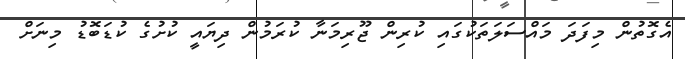
އެގޮތުން މިފަަދަ މައްސަލަތަކުގައި ކުރިން ޖޫރިމަނާ ކުރަމުން ދިޔައީ ކުށުގެ ކުޑަބޮޑު މިނަށް